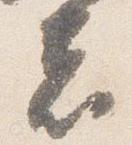
者